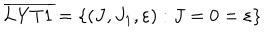
\overline { { \mathrm { L Y T 1 } } } = \left\{ ( J , J _ { 1 } , \varepsilon ) : J = 0 = \varepsilon \right\}